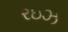
રઇઝ